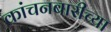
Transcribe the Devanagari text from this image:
कांचनबारीच्या